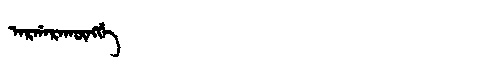
Manchu: ᠠᡵᡤᠠᡵᠠᡴᡡᠩᡤᡝ
Romanization: ARGARAKŪNGGE